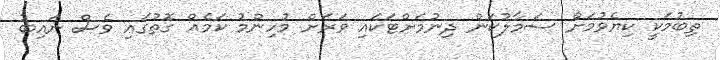
ތިބުމަކީ ކިޔެވުމަށް ސަމާލުކަން ދިނުމަށްޓަކައި ވަރަށް މުހިންމު ކަމެއް ގޮތުގައި ވެސް ނައިބު